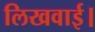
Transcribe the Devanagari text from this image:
लिखवाई।